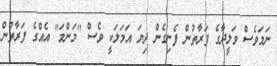
ނަމަވެސް ވަލީދާގެ ފަރާތުން ފެނިގެން ދިޔަ އަމަލަކީ ވެސް "މަންމަ" އެއްގެ ފަރާތުން